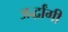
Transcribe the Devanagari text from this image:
अर्द्धांगी